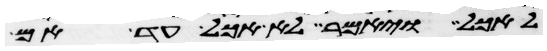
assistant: לאכל ויאמר לא אכל עד אם